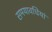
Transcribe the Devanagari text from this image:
समयावधियां